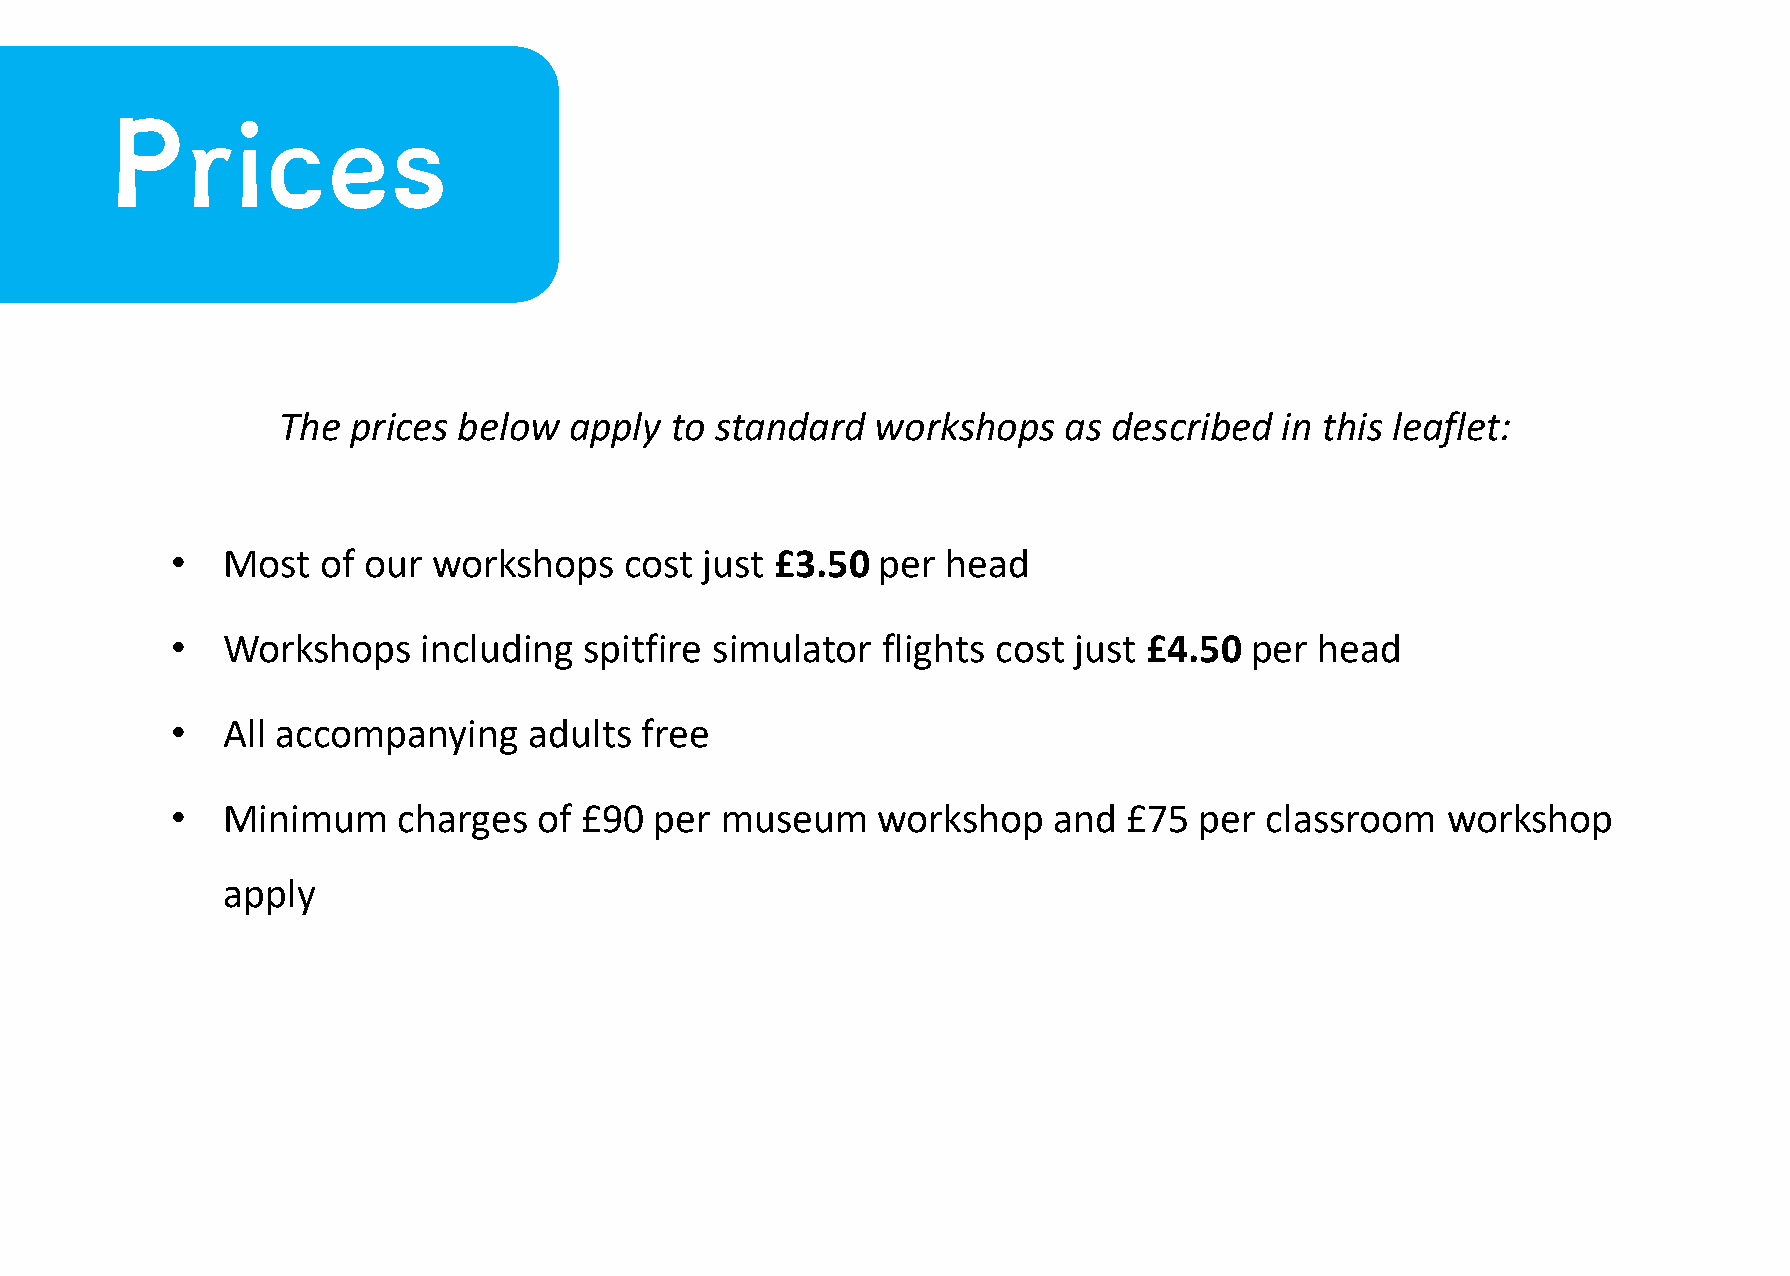
Prices
 The  prices below   apply to standard   workshops   as  described  in this leaflet:
 •   Most  of our  workshops   cost just £3.50  per  head
 •   Workshops    including  spitfire simulator flights cost just £4.50  per head
 •   All accompanying    adults free
 •   Minimum    charges   of £90 per  museum    workshop    and  £75 per  classroom   workshop
 apply